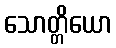
သောတ္တိယော